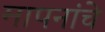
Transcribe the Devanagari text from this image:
मापनांचे